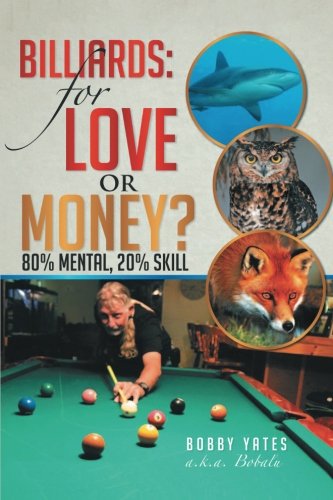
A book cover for Billiards: For Love or Money?: 80% Mental, 20% Skill; Bobby Yates; Sports & Outdoors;